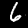
Digit: 6